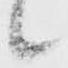
候